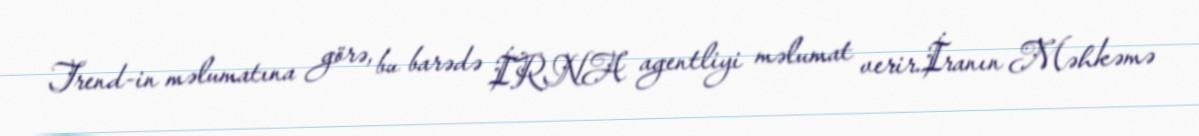
Trend-in məlumatına görə, bu barədə İRNA agentliyi məlumat verir.İranın Məhkəmə